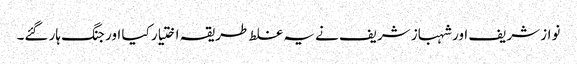
نواز شریف اور شہباز شریف نے یہ غلط طریقہ اختیار کیا اور جنگ ہار گئے۔